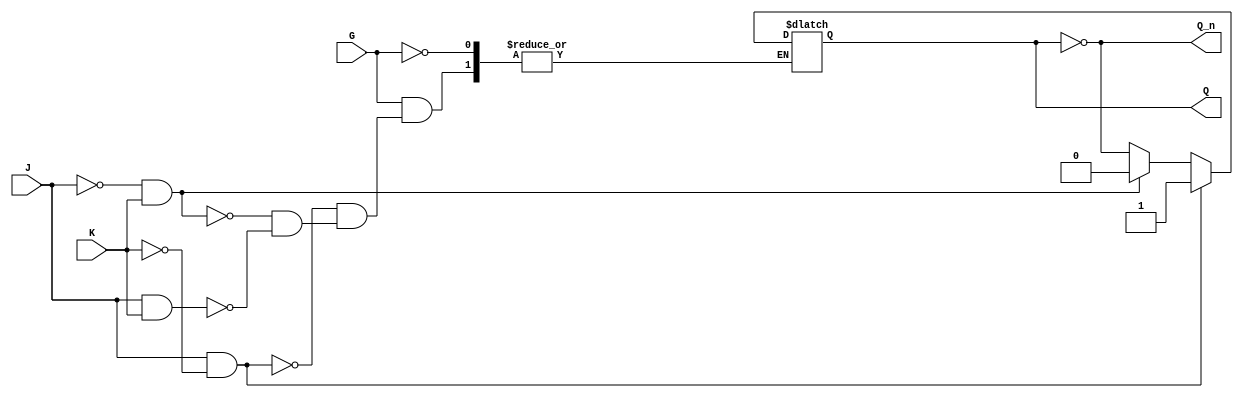
module gated_jk_latch (
    input wire J,   // Set input
    input wire K,   // Reset input
    input wire G,   // Enable input
    output reg Q,   // Output Q
    output wire Q_n // Complement of Q
);

    // Complement output
    assign Q_n = ~Q;

    // Always block to define the behavior of the Gated JK Latch
    always @ (J or K or G) begin
        if (G) begin
            if (J && ~K) begin
                Q <= 1;  // Set
            end else if (~J && K) begin
                Q <= 0;  // Reset
            end else if (J && K) begin
                Q <= ~Q; // Toggle
            end
            // If J = 0 and K = 0, hold the state (do nothing)
        end
        // If G is low (G = 0), the output Q retains its current state
    end

endmodule